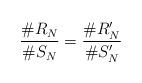
LaTeX: \begin{align*} \frac{\#R_N}{\#S_N} = \frac{\#R'_N}{\#S'_N} \end{align*}